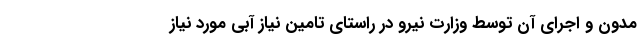
مدون و اجرای آن توسط وزارت نیرو در راستای تامین نیاز آبی مورد نیاز